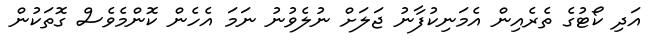
އަދި ކޯޓުގެ ތެރެއިން އެމަނިކުފާނު ޖަލަށް ނުލެވުނު ނަމަ އެހެން ކޮންމެވެސް ގޮތަކުން